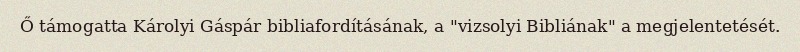
Ő támogatta Károlyi Gáspár bibliafordításának, a "vizsolyi Bibliának" a megjelentetését.